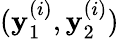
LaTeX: (\mathbf{y}_{1}^{(i)},\mathbf{y}_{2}^{(i)})